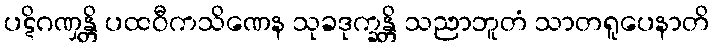
ပဋိဂဏှန္တိ ပထဝီကသိဏေန သုခဒုက္ခန္တိ သညာဘူတံ သာတရူပေနာတိ